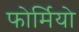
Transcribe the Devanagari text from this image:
फोर्मियो